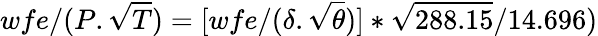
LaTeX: wfe/({P}.{\sqrt{T}})=[wfe/({\delta}.{\sqrt{\theta}})]*{\sqrt{288.15}}/{14.696})